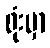
ရုံးမှာ